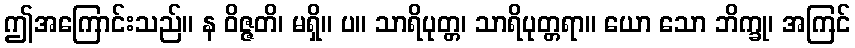
ဤအကြောင်းသည်။ န ဝိဇ္ဇတိ၊ မရှိ။ ပ။ သာရိပုတ္တ၊ သာရိပုတ္တရာ။ ယော သော ဘိက္ခု၊ အကြင်